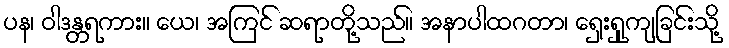
ပန၊ ဝါဒန္တရကား။ ယေ၊ အကြင် ဆရာတို့သည်။ အနာပါထဂတာ၊ ရှေးရှုကျခြင်းသို့